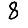
Digit: 8